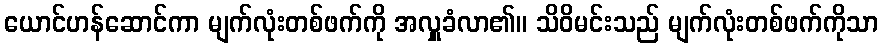
ယောင်ဟန်ဆောင်ကာ မျက်လုံးတစ်ဖက်ကို အလှူခံလာ၏။ သိဝိမင်းသည် မျက်လုံးတစ်ဖက်ကိုသာ